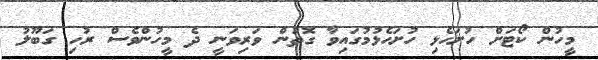
މީހުން ކޯޓަށް ހުށަހެޅި ހުށަހެޅުމުގައިވާ ގޮތުން ވަރިވަނީ ދެ މީހުންވެސް ރުހި ގަބޫލު